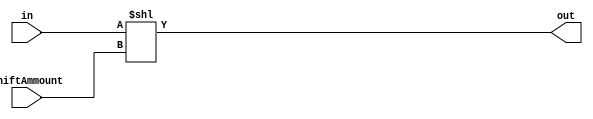
module ShiftLeftRegister(
    output [31:0] out,
    input [31:0] in,
    input [5:0] shiftAmmount
);
assign out = in << shiftAmmount;
endmodule // ShiftRegister
module ShiftLeftRegister26(
    output [27:0] out,
    input [25:0] in,
    input [5:0] shiftAmmount
);
assign out = (in << shiftAmmount);
endmodule

module shiftRegTest;

wire [31:0]out;
reg [31:0] in;
reg [5:0] shiftAmmount;

ShiftLeftRegister sh(out, in, shiftAmmount);

initial
begin
$monitor("in: %d, out:%d", in, out);
    shiftAmmount = 2;
    in = 10;
    #2
    in = 100;

end

endmodule // shiftRegTest